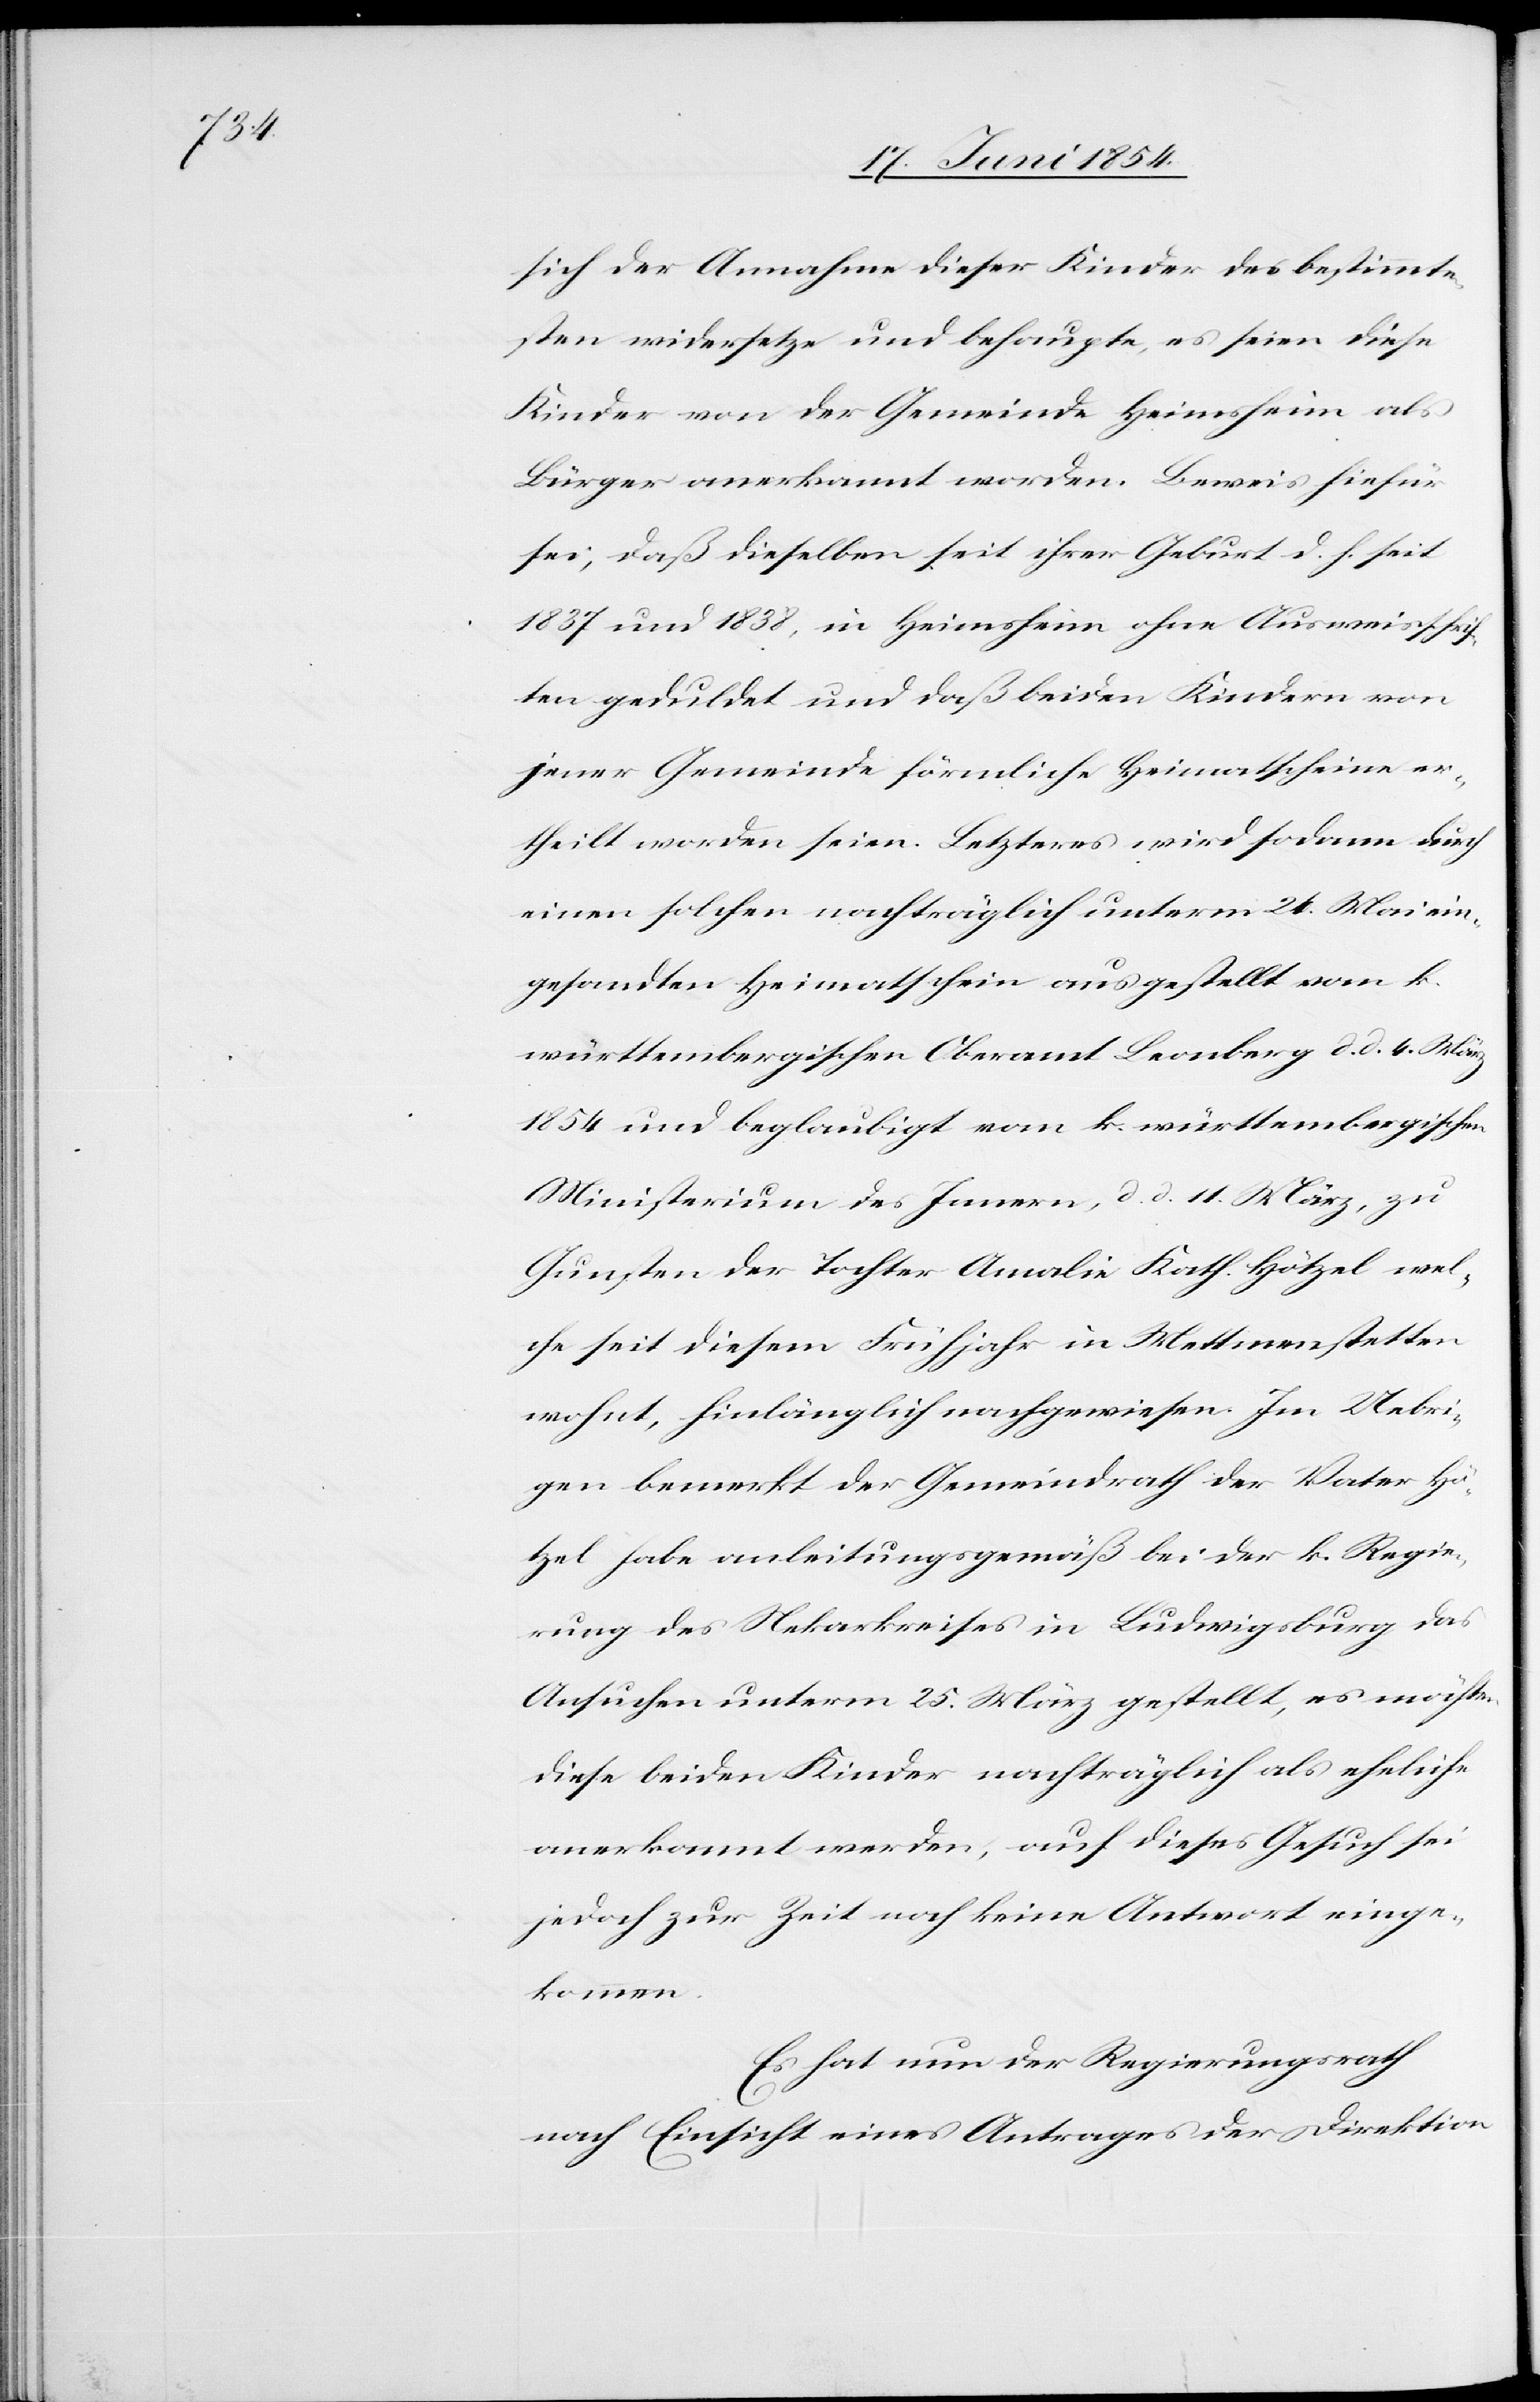
sich der Annahme dieser Kinder des bestimmte¬
sten widersetze und behaupte, es seien diese
Kinder von der Gemeinde Heimsheim als
Bürger anerkannt worden. Beweis hiefür
sei; daß dieselben seit ihrer Geburt d. h. seit
1837 und 1838, in Heimsheim ohne Ausweisschrif¬
ten geduldet und daß beiden Kindern von
jener Gemeinde förmliche Heimatscheine er¬
theilt worden seien. Letzteres wird sodann durch
einen solchen nachträglich unterm 24. Mai ein¬
gesandten Heimatschein ausgestellt vom k.
württembergischen Oberamt Leonberg d. d. 4. März
1854 und beglaubigt vom k. württembergischen
Ministerium des Innern, d. d. 11. März, zu
Gunsten der Tochter Amalie Kath. Hötzel wel¬
che seit diesem Frühjahr in Mettmenstetten
wohnt, hinlänglich nachgewiesen. Im Uebri¬
gen bemerkt der Gemeindrath der Vater Hö¬
tzel habe anleitungsgemäß bei der k. Regie¬
rung des Nekarkreises in Ludwigsburg das
Ansuchen unterm 25. März gestellt, es möchten
diese beiden Kinder nachträglich als eheliche
anerkannt werden, auf dieses Gesuch sei
jedoch zur Zeit noch keine Antwort einge¬
kommen.
Es hat nun der Regierungsrath
nach Einsicht eines Antrages der Direktion